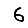
Digit: 6